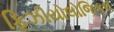
ફિઝીયોલોજિકલ